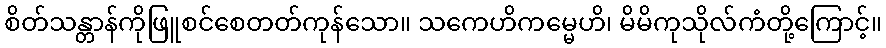
စိတ်သန္တာန်ကိုဖြူစင်စေတတ်ကုန်သော။ သကေဟိကမ္မေဟိ၊ မိမိကုသိုလ်ကံတို့ကြောင့်။